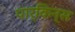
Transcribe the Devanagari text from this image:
पार्किन्स